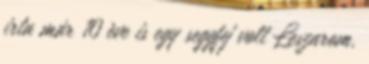
irta már 10 ève is egy seggfej volt Leszarom,